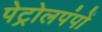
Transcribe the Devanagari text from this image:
पेट्रोलपंपों